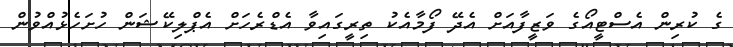
ގެ ކުރިން އެސްޓީއޯގެ ވަޒީފާއަށް އެދޭ ފޯމާއެކު ތިރީގައިވާ އެޑްރެހަށް އެޕްލިކޭޝަން ހުށަހެޅުއްވުން